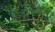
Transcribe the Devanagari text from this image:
सन्तानलक्ष्मी